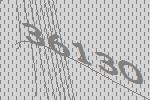
36130